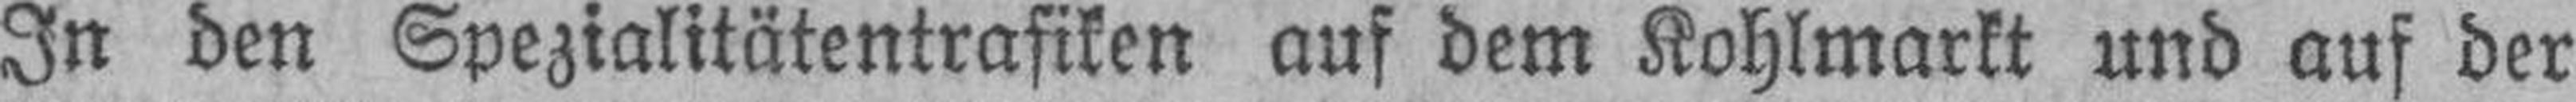
In den Spezialitätentrafiken auf dem Kohlmarkt und auf der